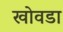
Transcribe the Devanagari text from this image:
खोवडा